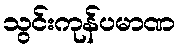
သွင်းကုန်ပမာဏ